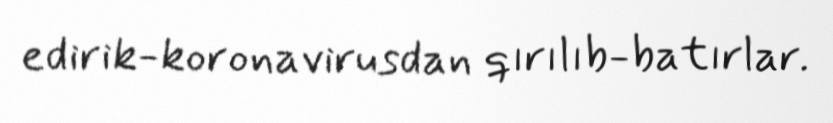
edirik-koronavirusdan qırılıb-batırlar.